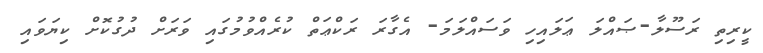
ކީރިތި ރަސޫލާ-ޞައްލަ ޢަލައިހި ވަސައްލަމަ- އެގާރަ ރަކްޢަތް ކުރެއްވުމުގައި ވަރަށް ދުގުކޮށް ކިޔަވައި